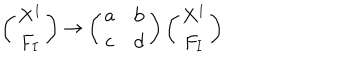
\left( \begin{matrix} { { X ^ { I } } } \\ { { F _ { I } } } \\ \end{matrix} \right) \rightarrow \left( \begin{matrix} { { { \bf a } } } & { { { \bf b } } } \\ { { { \bf c } } } & { { { \bf d } } } \\ \end{matrix} \right) \left( \begin{matrix} { { X ^ { I } } } \\ { { F _ { I } } } \\ \end{matrix} \right)